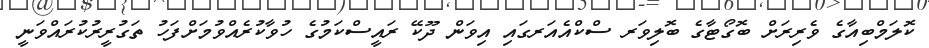
ކޮލަމްބިއާގެ ވެރިރަށް ބޮގޯޓާގެ ބޮލިވަރ ސްކްއެއަރގައި އިވަން ދޫކޭ ރައީސްކަމުގެ ހުވާކުރެއްވުމަށްފަހު ތަގުރީރުކުރައްވަނީ